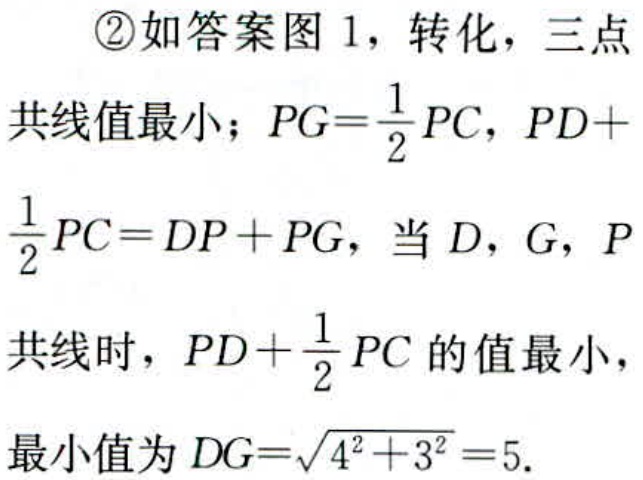
\textcircled{2}如答案图 1，转化，三点

共线值最小；\(PG = \frac{1}{2}PC\)，\(PD +

\frac{1}{2}PC = DP + PG\)，当\(D\)，\(G\)，\(P\)

共线时，\(PD + \frac{1}{2}PC\)的值最小，

最小值为\(DG=\sqrt{4^{2}+3^{2}} = 5\).